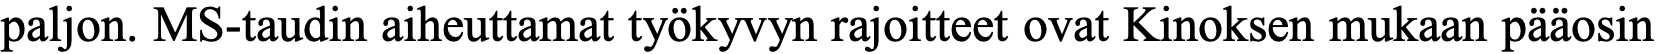
paljon. MS-taudin aiheuttamat työkyvyn rajoitteet ovat Kinoksen mukaan pääosin